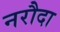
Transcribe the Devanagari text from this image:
नरौदा